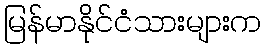
မြန်မာနိုင်ငံသားများက